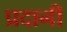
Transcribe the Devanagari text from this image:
प्रदानी